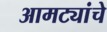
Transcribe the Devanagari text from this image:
आमट्यांचे